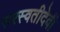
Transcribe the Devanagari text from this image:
सरस्वतीदेवी